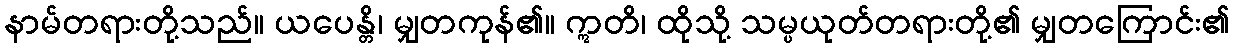
နာမ်တရားတို့သည်။ ယပေန္တိ၊ မျှတကုန်၏။ ဣတိ၊ ထိုသို့ သမ္ပယုတ်တရားတို့၏ မျှတကြောင်း၏